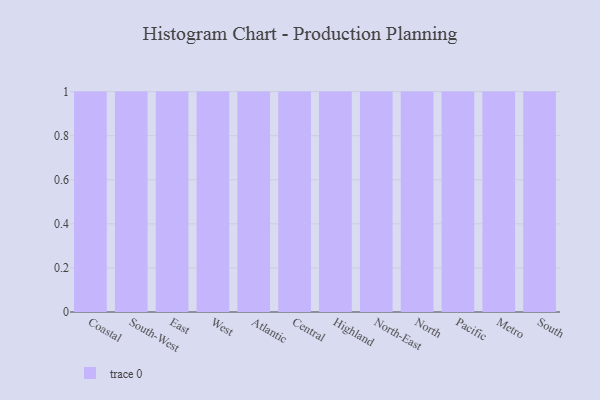
{"axis": {"x": "Region", "y": "Conversion Rate (%)"}, "legend": [""], "data": [{"x": "Coastal", "y": 46, "type": ""}, {"x": "South-West", "y": 86, "type": ""}, {"x": "East", "y": 84, "type": ""}, {"x": "West", "y": 27, "type": ""}, {"x": "Atlantic", "y": 93, "type": ""}, {"x": "Central", "y": 39, "type": ""}, {"x": "Highland", "y": 41, "type": ""}, {"x": "North-East", "y": 78, "type": ""}, {"x": "North", "y": 25, "type": ""}, {"x": "Pacific", "y": 92, "type": ""}, {"x": "Metro", "y": 33, "type": ""}, {"x": "South", "y": 26, "type": ""}]}